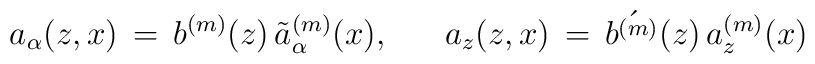
a_{\alpha}(z,x) \, = \, b^{(m)}(z) \, \tilde{a}_{\alpha}^{(m)}(x),~~~~~ a_{z}(z,x) \, = \, \acute{b^{(m)}}(z) \, a_{z}^{(m)}(x)